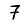
Digit: 7